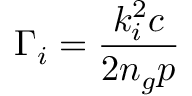
\Gamma _ { i } = \frac { k _ { i } ^ { 2 } c } { 2 n _ { g } p }